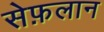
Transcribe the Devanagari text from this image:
सेफ़लान